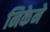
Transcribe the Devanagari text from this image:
निकेने